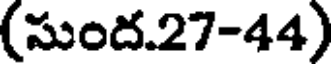
(సుంద.27-44)